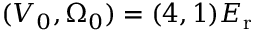
( V _ { 0 } , \Omega _ { 0 } ) = ( 4 , 1 ) E _ { \mathrm { { r } } }